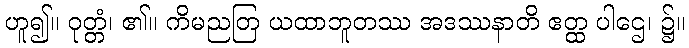
ဟူ၍။ ဝုတ္တံ၊ ၏။ ကိမညတြ ယထာဘူတဿ အဒဿနာတိ ဧတ္ထ ပါဌေ၊ ၌။